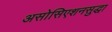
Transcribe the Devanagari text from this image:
असोसिएशनसुद्धा